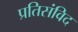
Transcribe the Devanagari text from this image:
प्रतिसंविद